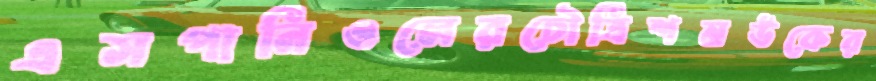
এসপানিওলেরচৌত্রিশমউকের